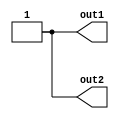
/***********************************************
#
#      Filename:    inst.v
#
#        Author:  Kang Yaopeng   -- 78490223@qq.com
#   Description:  ---
#        Create:  2019-03-12 15:08:20
# Last Modified:  2019-03-12 15:08:20
***********************************************/
`timescale 1ns/1ps
module inst(output out1, output out2);
  assign out1 = 1'b1;
  assign out2 = 1'b1;
endmodule